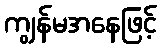
ကျွန်မအနေဖြင့်